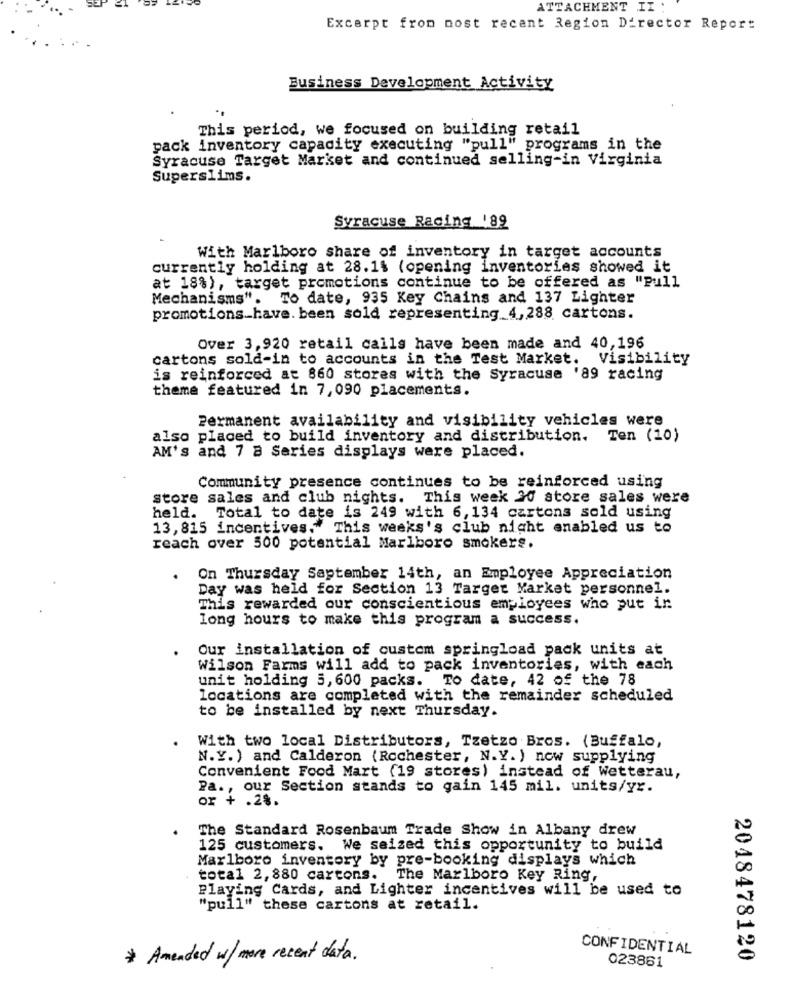
ATTACHMENT II :
Excerpt from most recent Region Director Report
Business Development Activity
This period, we focused on building retail
pack inventory capacity executing "pull" programs in the
Syracuse Target Market and continued selling-in Virginia
Superslims.
Syracuse Racing '89
With Marlboro share of inventory in target accounts
currently holding at 28.1% (opening inventories showed it
at 18%), target promotions continue to be offered as "Pull
Mechanisms".
To date, 935 Key Chains and 137 Lighter
promotions_have. been sold representing_4,288 cartons.
Over 3,920 retail calls have been made and 40,196
cartons sold-in to accounts in the Test Market. Visibility
is reinforced at 860 stores with the Syracuse '89 racing
theme featured in 7,090 placements.
Permanent availability and visibility vehicles were
also placed to build inventory and distribution. Ten (10)
AM's and 7 8 Series displays were placed.
Community presence continues to be reinforced using
store sales and club nights. This week 20 store sales were
held. Total to date is 249 with 6, 134 cartons sold using
13, 815 incentives." This weeks's club night enabled us to
reach over 500 potential Marlboro smokers.
On Thursday September 14th, an Employee Appreciation
Day was held for Section 13 Target Market personnel.
This rewarded our conscientious employees who put in
long hours to make this program a success.
Our installation of custom springload pack units at
Wilson Farms will add to pack inventories, with each
unit holding 5, 600 packs. To date, 42 of the 78
locations are completed with the remainder scheduled
to be installed by next Thursday.
With two local Distributors, Tzetzo Bros. (Buffalo,
N.Y.) and Calderon (Rochester, N.Y. ) now supplying
Convenient Food Mart (19 stores) instead of Wetterau,
Pa ., our Section stands to gain 145 mil. units/yr.
or + .28.
The Standard Rosenbaum Trade Show in Albany drew
125 customers. We seized this opportunity to build
Marlboro inventory by pre-booking displays which
total 2, 880 cartons. The Marlboro Key Ring,
Playing Cards, and Lighter incentives will be used to
"pull" these cartons at retail.
CONFIDENTIAL
* Amended w/ more recent data.
2048478120
023861